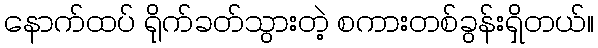
နောက်ထပ် ရိုက်ခတ်သွားတဲ့ စကားတစ်ခွန်းရှိတယ်။